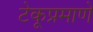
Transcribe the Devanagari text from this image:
टेकूप्रमाणे